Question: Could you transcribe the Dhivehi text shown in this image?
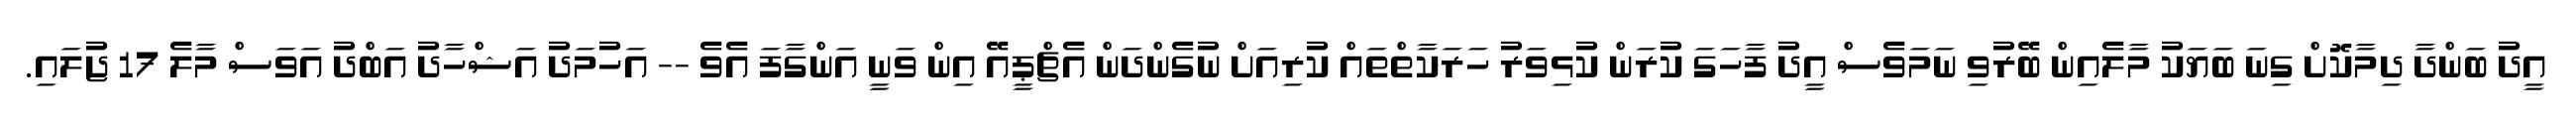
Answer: އީދު ބަންދާ ދިމާކޮށް ގިނަ ބަޔަކު މާލެއިން ބޭރުވި ނަމަވެސް އީދު ފާހަގަ ކުރަން ކުޅިވަރު ހަރަކާތްތައް ކުރިއަށް ނުގެންދަން އެޗްޕީއޭ އިން ވަނީ އަންގާފަ އެވެ -- އަހުމަދު އަޝްހާދު އަބްދު އަވަސް މާލެ 17 ޖުލައި.